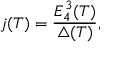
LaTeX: j ( T ) = \frac { E _ { 4 } ^ { 3 } ( T ) } { \triangle ( T ) } ,